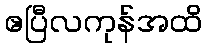
ဧပြီလကုန်အထိ